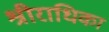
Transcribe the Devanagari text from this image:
श्रीराधिका